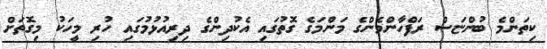
ކިތަންމެ ބުންޏަސް ރަފްހާންމެންގެ މަންމަގެ ގޮތުގައި އެކުދިންގެ ދިރިއުޅުމުގައި ހުރި މީހަކު މިގޮތަށް